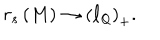
r _ { s } \left( M \right) \rightarrow \left( \ell _ { { \sf Q } } \right) _ { + } .